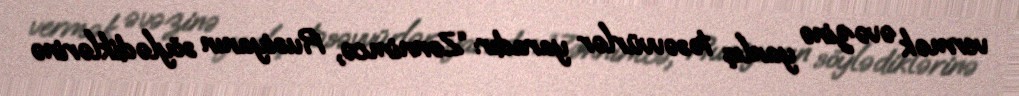
vermək əvəzinə yanlış təsəvvürlər yaradır: “Zənnimcə, Rusiyanın söylədiklərinə